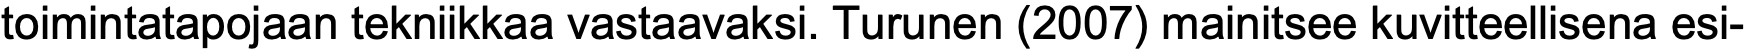
toimintatapojaan tekniikkaa vastaavaksi. Turunen (2007) mainitsee kuvitteellisena esi-